Vaccination United Provinces of Agra and Oudh 1914-1922 - 1914-1922
Year: 1914
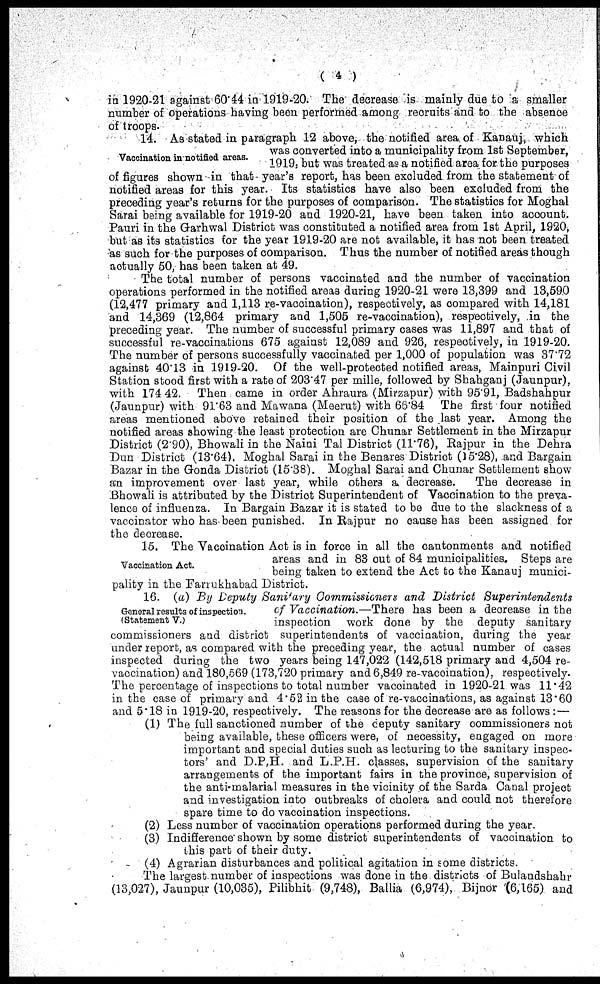
( 4 )
in 1920-21 against 60.44 in 1919-20. The decrease is mainly due to a smaller
number of operations having been performed among recruits and to the absence
of troops.
Vaccination in notified areas.
14. As stated in paragraph 12 above, the notified area of Kanauj, which
was converted into a municipality from 1st September,
1919: but was treated as a notified area for the purposes
of figures shown in that year's report, has been excluded from the statement of
notified areas for this year. Its statistics have also been excluded from the
preceding year's returns for the purposes of comparison. The statistics for Moghal
Sarai being available for 1919-20 and 1920-21, have been taken into account.
Pauri in the Garhwal District was constituted a notified area from 1st April, 1920,
but as its statistics for the year 1919-20 are not available, it has not been treated
as such for the purposes of comparison. Thus the number of notified areas though
actually 50, has been taken at 49.
The total number of persons vaccinated and the number of vaccination
operations performed in the notified areas during 1920-21 were 13,399 and 13,590
(12,477 primary and 1,113 re-vaccination), respectively, as compared with 14,181
and 14,369 (12,864 primary and 1,505 re-vaccination), respectively, in the
preceding year. The number of successful primary cases was 11,897 and that of
successful re-vaccinations 675 against 12,089 and 926, respectively, in 1919-20.
The number of persons successfully vaccinated per 1,000 of population was 37.72
against 40.13 in 1919-20. Of the well-protected notified areas, Mainpuri Civil
Station stood first with a rate of 203'47 per mille, followed by Shahganj (Jaunpur),
with 174 42. Then came in order Ahraura (Mirzapur) with 95.91, Badshahpur
(Jaunpur) with 91.63 and Mawana (Meerut) with 66.84 The first four notified
areas mentioned above retained their position of the last year. Among the
notified areas showing the least protection are Chunar Settlement in the Mirzapur
District (2.90), Bhowali in the Naini Tal District (11.76), Rajpur in the Dehra
Dun District (13.64), Moghal Sarai in the Benares District (15.28), and Bargain
Bazar in the Gonda District (15.38). Moghal Sarai and Chunar Settlement show
an improvement over last year, while others a decrease.
The decrease in
Bhowali is attributed by the District Superintendent of Vaccination to the preva-
lence of influenza. In Bargain Bazar it is stated to be due to the slackness of a
vaccinator who has been punished. In Rajpur no cause has been assigned for
the decrease.
Vaccination Act.
15. The Vaccination Act is in force in all the cantonments and notified
areas and in 83 out of 84 municipalities. Steps are
being taken to extend the Act to the Kanauj munici-
pality in the Farrukhabad District.
General results of inspection.
(Statement V.)
16. (a) By Deputy Sanitary Commissioners and District
Superintendents
of Vaccination.—There has been a decrease in the
inspection work done by the deputy sanitary
commissioners and district superintendents of vaccination, during the year
under report, as compared with the preceding year, the actual number of cases
inspected during the two years being 147,022 (142,518 primary and 4,504 re-
vaccination) and 180,569 (173,720 primary and 6,849 re-vaccination), respectively.
The percentage of inspections to total number vaccinated in 1920-21 was 11.42
in the case of primary and 4.52 in the case of re-vaccinations, as against 13.60
and 5.18 in 1919-20, respectively. The reasons for the decrease are as follows :—
(1) The full sanctioned number of the deputy sanitary commissioners not
being available, these officers were, of necessity, engaged on more
important and special duties such as lecturing to the sanitary inspec-
tors' and D.P,H. and L.P.H. classes, supervision of the sanitary
arrangements of the important fairs in the province, supervision of
the anti-malarial measures in the vicinity of the Sarda Canal project
and investigation into outbreaks of cholera and could not therefore
spare time to do vaccination inspections.
(2) Less number of vaccination operations performed during the year.
(3) Indifference shown by some district superintendents of vaccination to
this part of their duty.
(4) Agrarian disturbances and political agitation in some districts.
The largest number of inspections was done in the districts of Bulandshahr
(13,027), Jaunpur (10,035), Pilibhit (9,748), Ballia (6,974), Bijnor (6,165) and